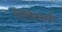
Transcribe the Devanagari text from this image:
रोएथ्लिशबर्गर